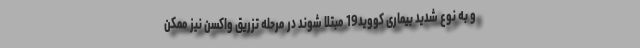
و به نوع شدید بیماری کووید19 مبتلا شوند در مرحله تزریق واکسن نیز ممکن